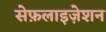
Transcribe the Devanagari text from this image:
सेफ़लाइज़ेशन